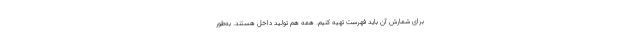
برای شمارش آن باید فهرست تهیه کنیم. همه هم تولید داخل هستند. به‌طور